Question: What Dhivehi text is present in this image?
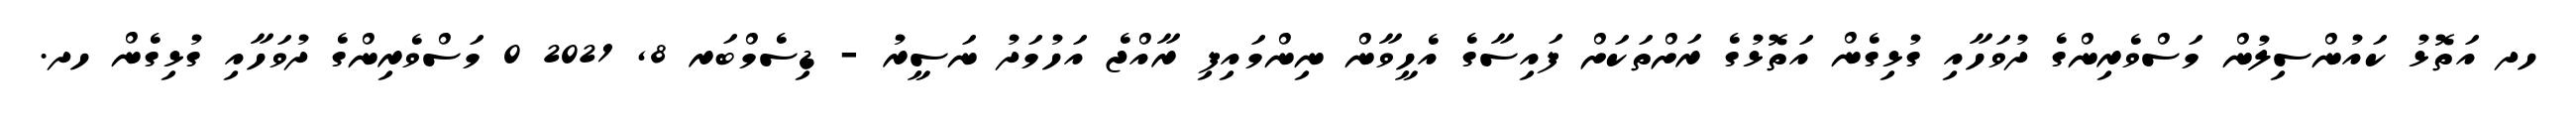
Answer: ހދ އަތޮޅު ކައުންސިލުން މަސްވެރިންގެ ދުވަހާއި ގުޅިގެން އަތޮޅުގެ ރަށްތަކަށް ފައިސާގެ އެހީވާން ނިންމައިފި ރާއްޖެ އަހުމަދު ނަސީރު - ޑިސެމްބަރ 8, 2021 0 މަސްވެރިންގެ ދުވަހާއި ގުޅިގެން ހދ.